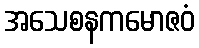
အသေစနကမောဇဝံ